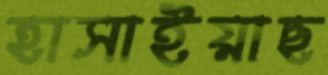
হাসাইয়াছ